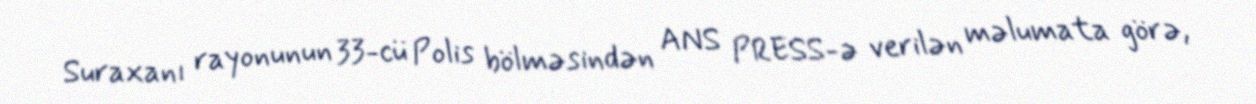
Suraxanı rayonunun 33-cü Polis bölməsindən ANS PRESS-ə verilən məlumata görə,